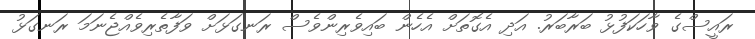
ރައީސްގެ ވާހަކަފުޅު ބަރާބަރު. އަދި އެގޮތަށް އެހެން ބައިވެރިންވެސް ރަނގަޅަށް ވަފާތެރިވެއްޖެނަމަ ރަނގަޅު